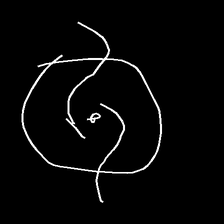
Glyph: repetition